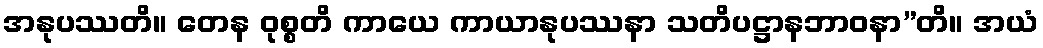
အနုပဿတိ။ တေန ဝုစ္စတိ ကာယေ ကာယာနုပဿနာ သတိပဋ္ဌာနဘာဝနာ”တိ။ အယံ